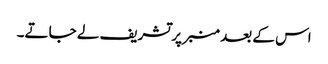
اس کے بعد منبر پر تشریف لے جاتے۔